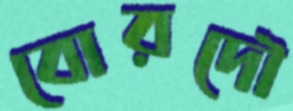
বোরদৌ